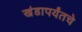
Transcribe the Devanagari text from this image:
खंडापर्यंतचे